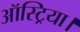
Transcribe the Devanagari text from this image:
ऑस्ट्रिया।